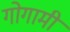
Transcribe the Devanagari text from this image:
गोगामी